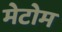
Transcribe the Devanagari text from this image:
मेटोम